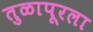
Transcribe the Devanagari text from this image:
तुळापूरला